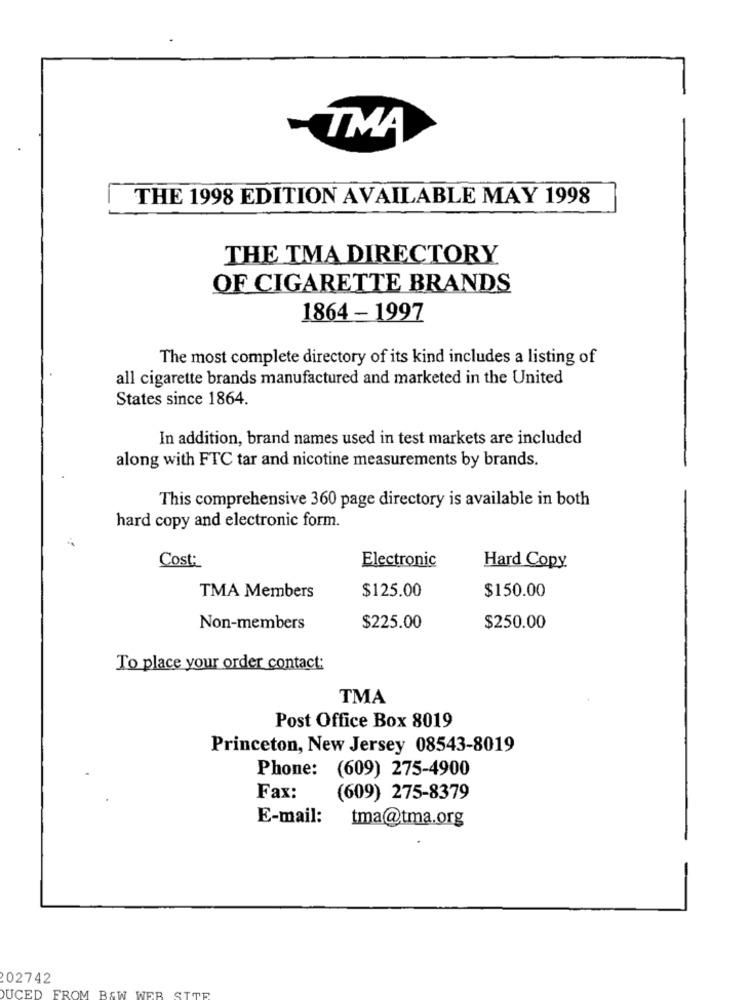
TMA
THE 1998 EDITION AVAILABLE MAY 1998
THE TMA DIRECTORY
OF CIGARETTE BRANDS
1864 - 1997
The most complete directory of its kind includes a listing of
all cigarette brands manufactured and marketed in the United
States since 1864.
In addition, brand names used in test markets are included
along with FTC tar and nicotine measurements by brands.
This comprehensive 360 page directory is available in both
hard copy and electronic form.
Cost:
Electronic
Hard Copy
TMA Members
$125.00
$150.00
Non-members
$225.00
$250.00
To place your order contact:
TMA
Post Office Box 8019
Princeton, New Jersey 08543-8019
Phone: (609) 275-4900
Fax:
(609) 275-8379
E-mail:
tma@tma.org
02742
DUCED
FROM BAW WER